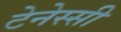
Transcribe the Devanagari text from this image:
टेनेस्सी